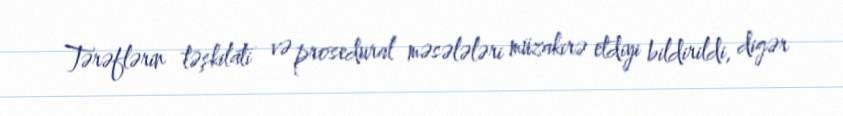
Tərəflərin təşkilati və prosedural məsələləri müzakirə etdiyi bildirildi, digər